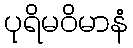
ပုရိမဝိမာနံ